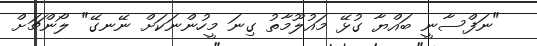
"ނަފްސާނީ ބައްޔާ ގުޅޭ މައުލޫމާތު ގިނަ މީހުންނަކަށް ނޭނގޭ" ލޯންޗަށް